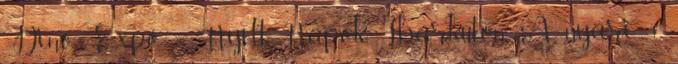
Dino Expo – Nyílt Napok Iharkúton A nyári 3